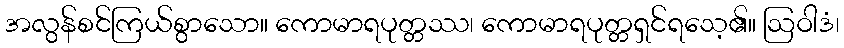
အလွန်စင်ကြယ်စွာသော။ ကောမာရပုတ္တဿ၊ ကောမာရပုတ္တရှင်ရသေ့၏။ ဩဝါဒံ၊